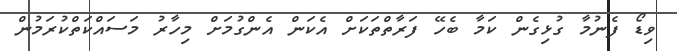
ވިޑޯ ފެނުމާ ގުޅިގެން ކަމާ ބެހޭ ފަރާތްތަކަށް އެކަން އެންގުމަށް މިހާރު މަސައްކަތްކުރަމުން